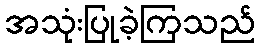
အသုံးပြုခဲ့ကြသည်